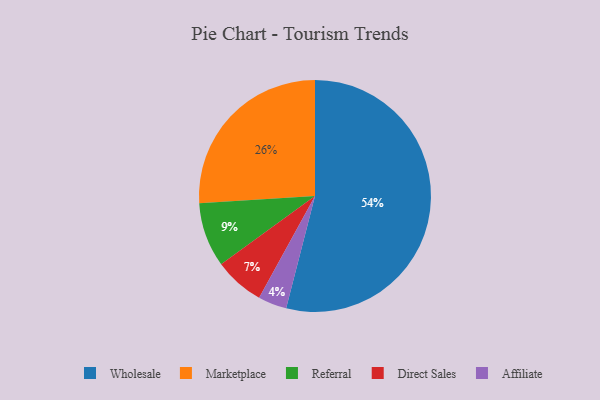
{"axis": {"x": "Category", "y": "Percentage"}, "legend": ["Affiliate", "Direct Sales", "Marketplace", "Referral", "Wholesale"], "data": [{"x": "Affiliate", "y": 4, "type": "Affiliate"}, {"x": "Referral", "y": 9, "type": "Referral"}, {"x": "Wholesale", "y": 54, "type": "Wholesale"}, {"x": "Marketplace", "y": 26, "type": "Marketplace"}, {"x": "Direct Sales", "y": 7, "type": "Direct Sales"}]}